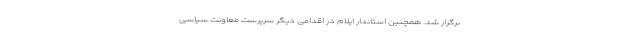
برگزار شد. همچنین استاندار ایلام در اقدامی دیگر سرپرست معاونت سیاسی